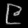
Digit: ၉